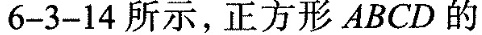
6-3-14所示，正方形ABCD的